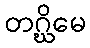
တဂ္ဃိမေ